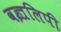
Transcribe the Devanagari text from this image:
वज्रलिपी